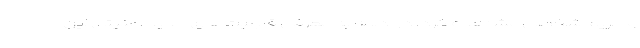
و حریم شخصی مشاهده کرد. در ادامه به معرفی قابلیت‌های جدید امنیتی این